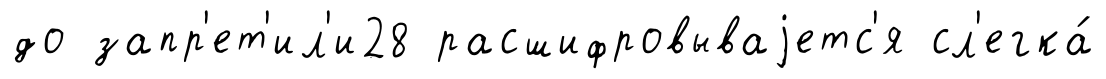
до запр'ет'ил'и28 расшифровываjетс'я сл'егка́